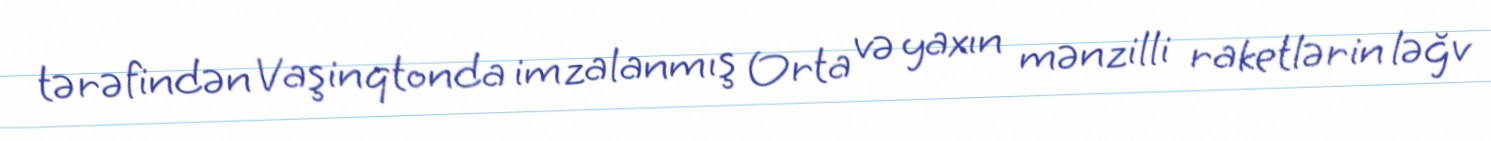
tərəfindən Vaşinqtonda imzalanmış Orta və yaxın mənzilli raketlərin ləğv